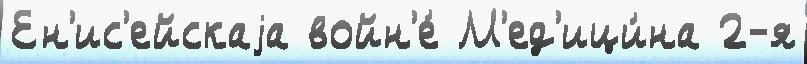
Ен'ис'ейскаjа войн'е́ М'ед'ици́на 2-я